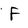
Character: F